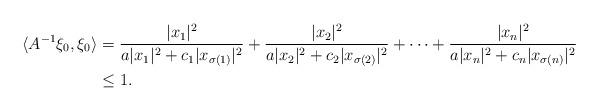
LaTeX: \begin{align*}\langle A^{-1}\xi_{0},\xi_{0}\rangle &=\frac{|x_1|^{2}}{a|x_1|^{2}+c_1|x_{\sigma(1)}|^{2}} +\frac{|x_2|^{2}}{a|x_2|^{2}+c_2|x_{\sigma(2)}|^{2}}+\cdots+ \frac{|x_n|^{2}}{a|x_n|^{2}+c_n|x_{\sigma(n)}|^{2}}\\&\leq 1.\end{align*}